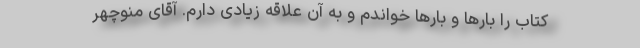
کتاب را بارها و بارها خواندم و به آن علاقه زیادی دارم. آقای منوچهر